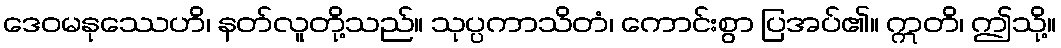
ဒေဝမနုဿေဟိ၊ နတ်လူတို့သည်။ သုပ္ပကာသိတံ၊ ကောင်းစွာ ပြအပ်၏။ ဣတိ၊ ဤသို့။